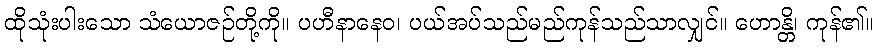
ထိုသုံးပါးသော သံယောဇဉ်တို့ကို။ ပဟီနာနေဝ၊ ပယ်အပ်သည်မည်ကုန်သည်သာလျှင်။ ဟောန္တိ၊ ကုန်၏။